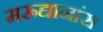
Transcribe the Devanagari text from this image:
मरूद्यानांस